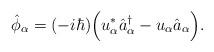
LaTeX: \begin{align*}\hat{\phi}_{\alpha} = (- i \hbar) \Bigl( u^*_{\alpha}\hat{a}^{\dagger}_{\alpha}- u_{\alpha} \hat{a}_{\alpha} \Bigr).\end{align*}